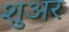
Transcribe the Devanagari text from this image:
शुअर